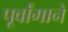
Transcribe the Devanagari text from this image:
पूर्वांगाने